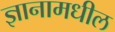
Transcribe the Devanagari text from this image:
ज्ञानामधील